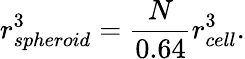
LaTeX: r_{spheroid}^{3}=\frac{N}{0.64}r_{cell}^{3}.